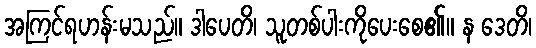
အကြင်ရဟန်းမသည်။ ဒါပေတိ၊ သူတစ်ပါးကိုပေးစေ၏။ န ဒေတိ၊